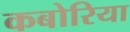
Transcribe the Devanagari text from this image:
कबोरिया